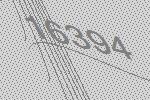
16394